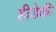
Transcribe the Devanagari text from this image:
हीडेकी